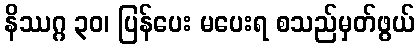
နိဿဂ္ဂ ၃၀၊ ပြန်ပေး မပေးရ စသည်မှတ်ဖွယ်